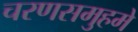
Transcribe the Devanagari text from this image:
चरणसमुहमे